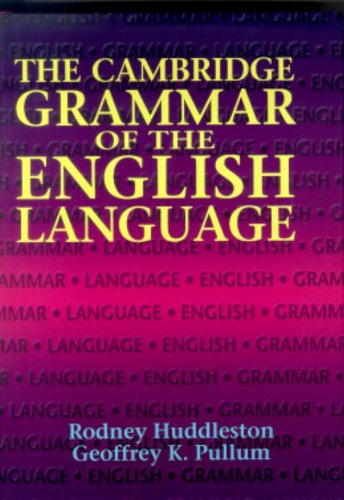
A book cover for The Cambridge Grammar of the English Language; Rodney Huddleston; Reference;